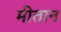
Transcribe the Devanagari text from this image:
मीतान